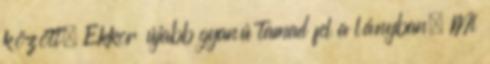
között. Ekkor újabb gyanú tamad fel a lányban. Mi